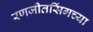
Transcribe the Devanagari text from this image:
रणजीतसिंगच्या